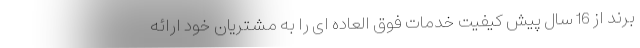
برند از 16 سال پیش کیفیت خدمات فوق العاده ای را به مشتریان خود ارائه